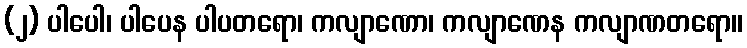
(၂) ပါပေါ၊ ပါပေန ပါပတရော၊ ကလျာဏော၊ ကလျာဏေန ကလျာဏတရော။